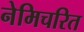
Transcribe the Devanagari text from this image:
नेमिचरित